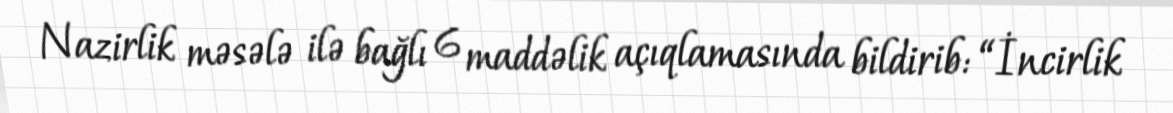
Nazirlik məsələ ilə bağlı 6 maddəlik açıqlamasında bildirib: “İncirlik